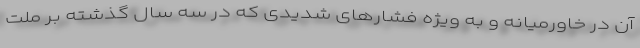
آن در خاورمیانه و به ویژه فشارهای شدیدی که در سه سال گذشته بر ملت